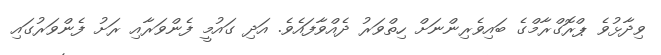
ވިދާޅުވެ ޕްރޮގްރާމްގެ ބައިވެރިންނަށް ހިތްވަރު ދެއްވާފައެވެ. އަދި ގައުމީ ފެންވަރާއި ރަށު ފެންވަރުގައި